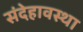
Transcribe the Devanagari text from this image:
संदेहावस्था